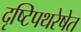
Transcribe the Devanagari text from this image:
दृष्टिपथरेषेत